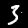
Digit: 3